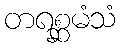
တရစ္ဆမံသံ